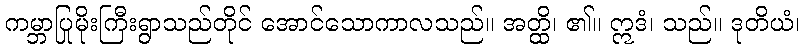
ကမ္ဘာပြုမိုးကြီးရွာသည်တိုင် အောင်သောကာလသည်။ အတ္ထိ၊ ၏။ ဣဒံ၊ သည်။ ဒုတိယံ၊